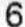
6